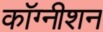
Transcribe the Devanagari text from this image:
कॉग्नीशन